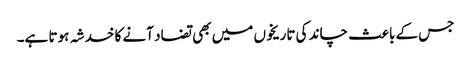
جس کے باعث چاند کی تاریخوں میں بھی تضاد آنے کا خدشہ ہوتا ہے۔